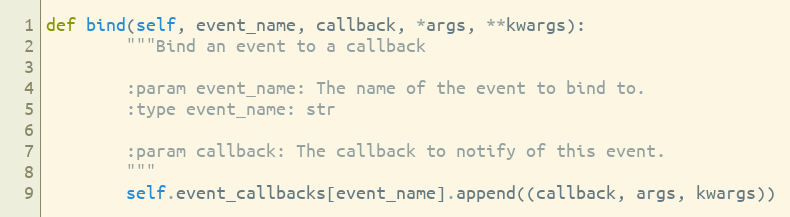
Language: Python
def bind(self, event_name, callback, *args, **kwargs):
        """Bind an event to a callback

        :param event_name: The name of the event to bind to.
        :type event_name: str

        :param callback: The callback to notify of this event.
        """
        self.event_callbacks[event_name].append((callback, args, kwargs))